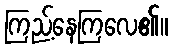
ကြည့်နေကြလေ၏။